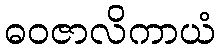
ဓဝဇာလိကာယံ